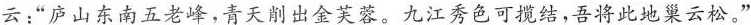
云：“庐山东南五老峰，青天削出金芙蓉。九江秀色可揽结，吾将此地巢云松。”